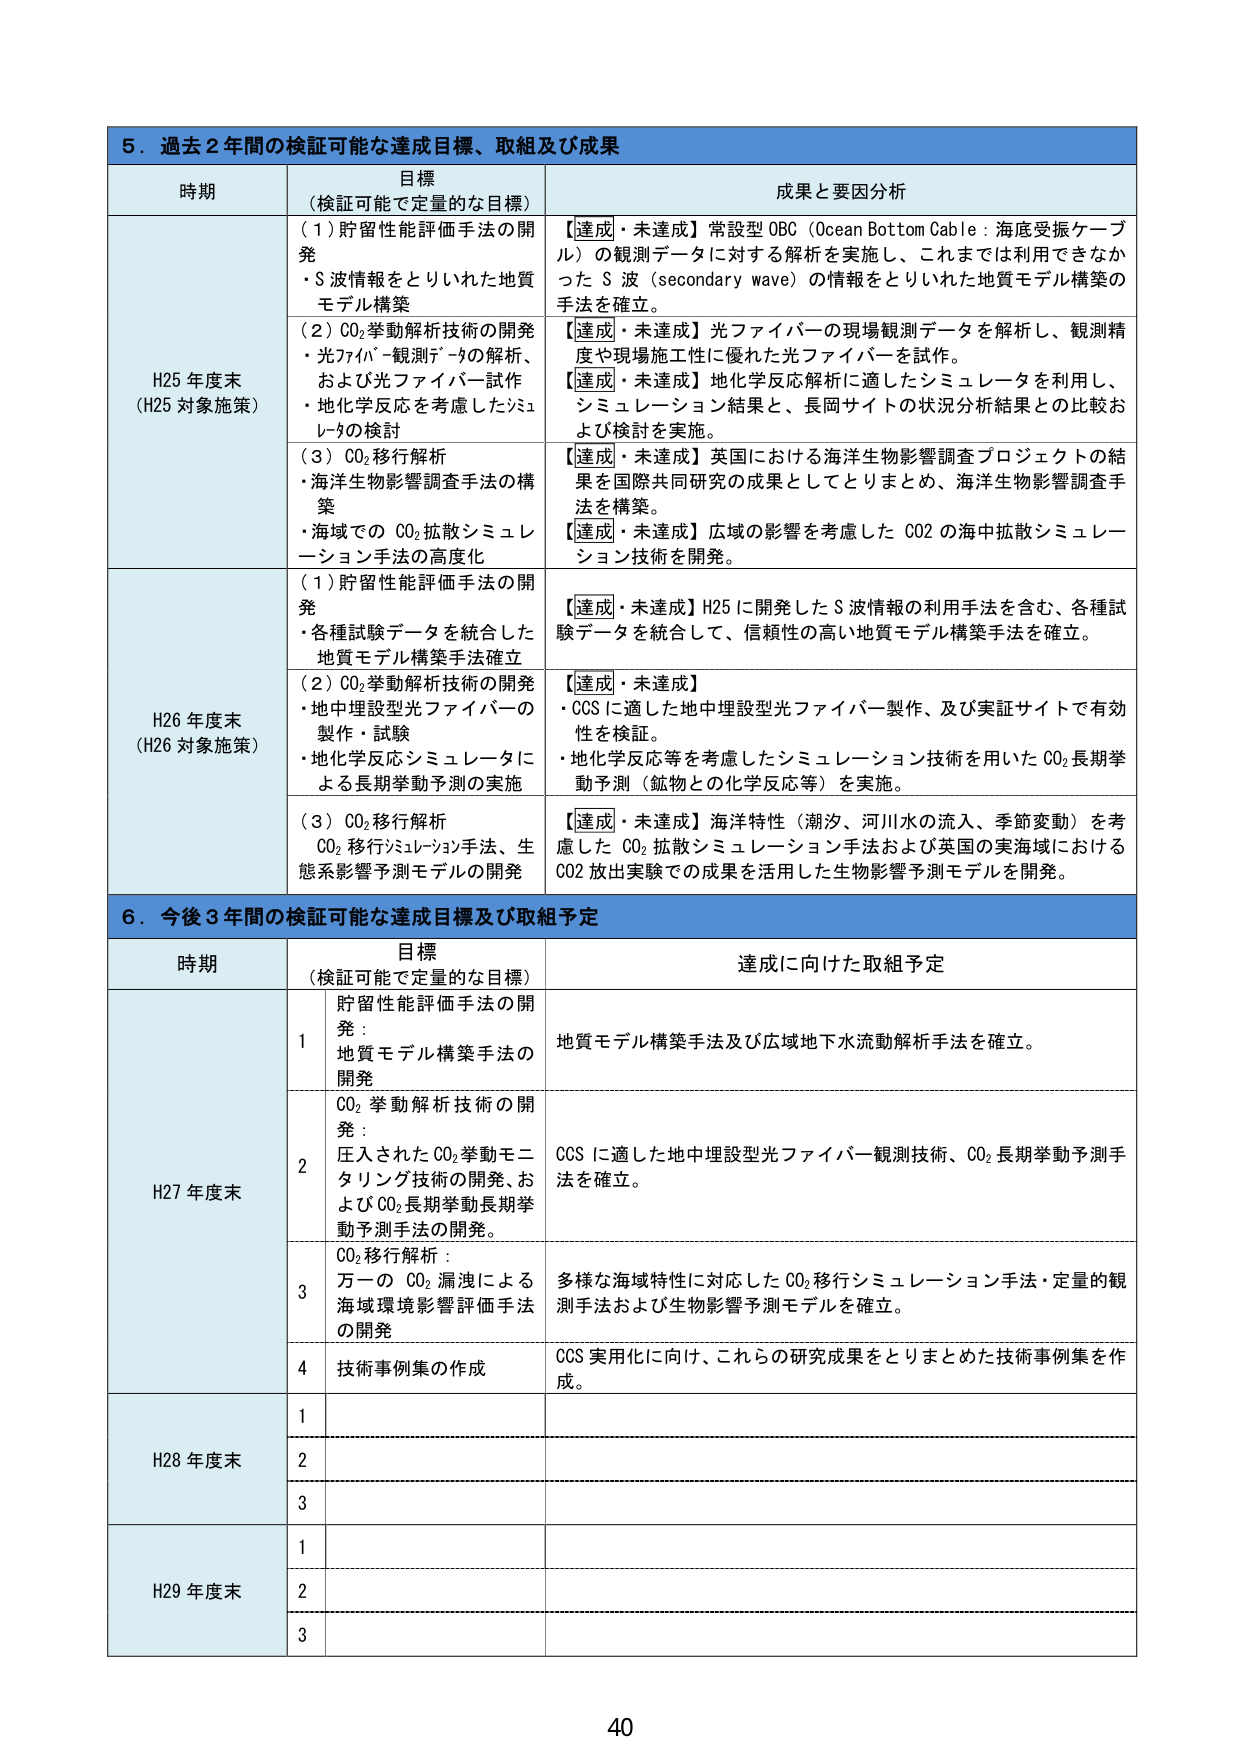
5．過去2年間の検証可能な達成目標、取組及び成果

時期 目標（検証可能で定量的な目標） 成果と要因分析

H25年度末（H25対象施策）
（1）貯留性能評価手法の開発
・S波情報をとりいれた地質モデル構築
【達成・未達成】常設型OBC（Ocean Bottom Cable：海底受振ケーブル）の観測データに対する解析を実施し、これまでは利用できなかったS波（secondary wave）の情報をとりいれた地質モデル構築の手法を確立。

（2）CO₂挙動解析技術の開発
・光ファイバー観測データの解析、および光ファイバー試作
・地化学反応を考慮したシミュレータの検討
【達成・未達成】光ファイバーの現場観測データを解析し、観測精度や現場施工性に優れた光ファイバーを試作。
【達成・未達成】地化学反応解析に適したシミュレータを利用し、シミュレーション結果と、長岡サイトの状況分析結果との比較および検討を実施。

（3）CO₂移行解析
・海洋生物影響調査手法の構築
・海域でのCO₂拡散シミュレーション手法の高度化
【達成・未達成】英国における海洋生物影響調査プロジェクトの結果を国際共同研究の成果としてとりまとめ、海洋生物影響調査手法を構築。
【達成・未達成】広域の影響を考慮したCO₂の海中拡散シミュレーション技術を開発。

H26年度末（H26対象施策）
（1）貯留性能評価手法の開発
・各種試験データを統合した地質モデル構築手法確立
【達成・未達成】H25に開発したS波情報の利用手法を含む、各種試験データを統合して、信頼性の高い地質モデル構築手法を確立。

（2）CO₂挙動解析技術の開発
・地中埋設型光ファイバーの製作・試験
・地化学反応シミュレータによる長期挙動予測の実施
【達成・未達成】
・COSに適した地中埋設型光ファイバー製作、及び実証サイトで有効性を検証。
・地化学反応等を考慮したシミュレーション技術を用いたCO₂長期挙動予測（鉱物との化学反応等）を実施。

（3）CO₂移行解析
CO₂移行シミュレーション手法、生態系影響予測モデルの開発
【達成・未達成】海洋特性（潮汐、河川水の流入、季節変動）を考慮したCO₂拡散シミュレーション手法および英国の実海域におけるCO₂放出実験での成果を活用した生物影響予測モデルを開発。

6．今後3年間の検証可能な達成目標及び取組予定

時期 目標（検証可能で定量的な目標） 達成に向けた取組予定

H27年度末
1 貯留性能評価手法の開発：地質モデル構築手法の開発 地質モデル構築手法及び広域地下水流动解析手法を確立。

2 CO₂挙動解析技術の開発：圧入されたCO₂挙動モニタリング技術の開発、およびCO₂長期挙動長期挙動予測手法の開発。 COSに適した地中埋設型光ファイバー観測技術、CO₂長期挙動予測手法を確立。

3 CO₂移行解析：万一のCO₂漏洩による海域環境影響評価手法の開発 多様な海域特性に対応したCO₂移行シミュレーション手法・定量的観測手法および生物影響予測モデルを確立。

4 技術事例集の作成 COS実用化に向け、これらの研究成果をとりまとめた技術事例集を作成。

H28年度末
1

2

3

H29年度末
1

2

3

40